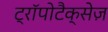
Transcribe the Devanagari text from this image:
ट्रॉपोटैक्सेज़